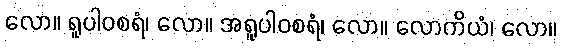
လော။ ရူပါဝစရံ၊ လော။ အရူပါဝစရံ၊ လော။ လောကိယံ၊ လော။